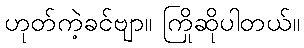
ဟုတ်ကဲ့ခင်ဗျာ။ ကြိုဆိုပါတယ်။